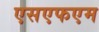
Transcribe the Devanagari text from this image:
एसएफएम